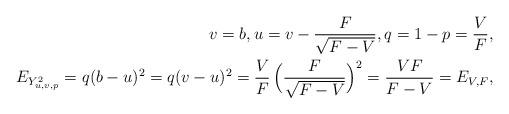
LaTeX: \begin{align*}v=b,u=v-\frac F{\sqrt{F-V}},q=1-p=\frac VF, \\ E_{Y_{u,v,p}^2}=q(b-u)^2=q(v-u)^2=\frac VF\,\Big(\frac F{\sqrt{F-V}}\Big)^2=\frac{VF}{F-V}=E_{V,F}, \end{align*}